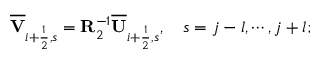
\overline { { \mathbf { V } } } _ { i + \frac { 1 } { 2 } , s } = { \mathbf { R } } _ { 2 } ^ { - 1 } \overline { { \mathbf { U } } } _ { i + \frac { 1 } { 2 } , s } , \quad s = j - l , \cdots , j + l ;